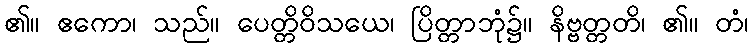
၏။ ဧကော၊ သည်။ ပေတ္တိဝိသယေ၊ ပြိတ္တာဘုံ၌။ နိဗ္ဗတ္တတိ၊ ၏။ တံ၊